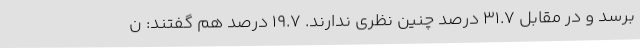
برسد و در مقابل 31.7 درصد چنین نظری ندارند. 19.7 درصد هم گفتند: ن